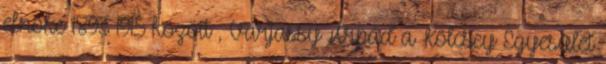
elnöke 1893–1915 között , Varjassy Árpád a Kölcsey Egyesület